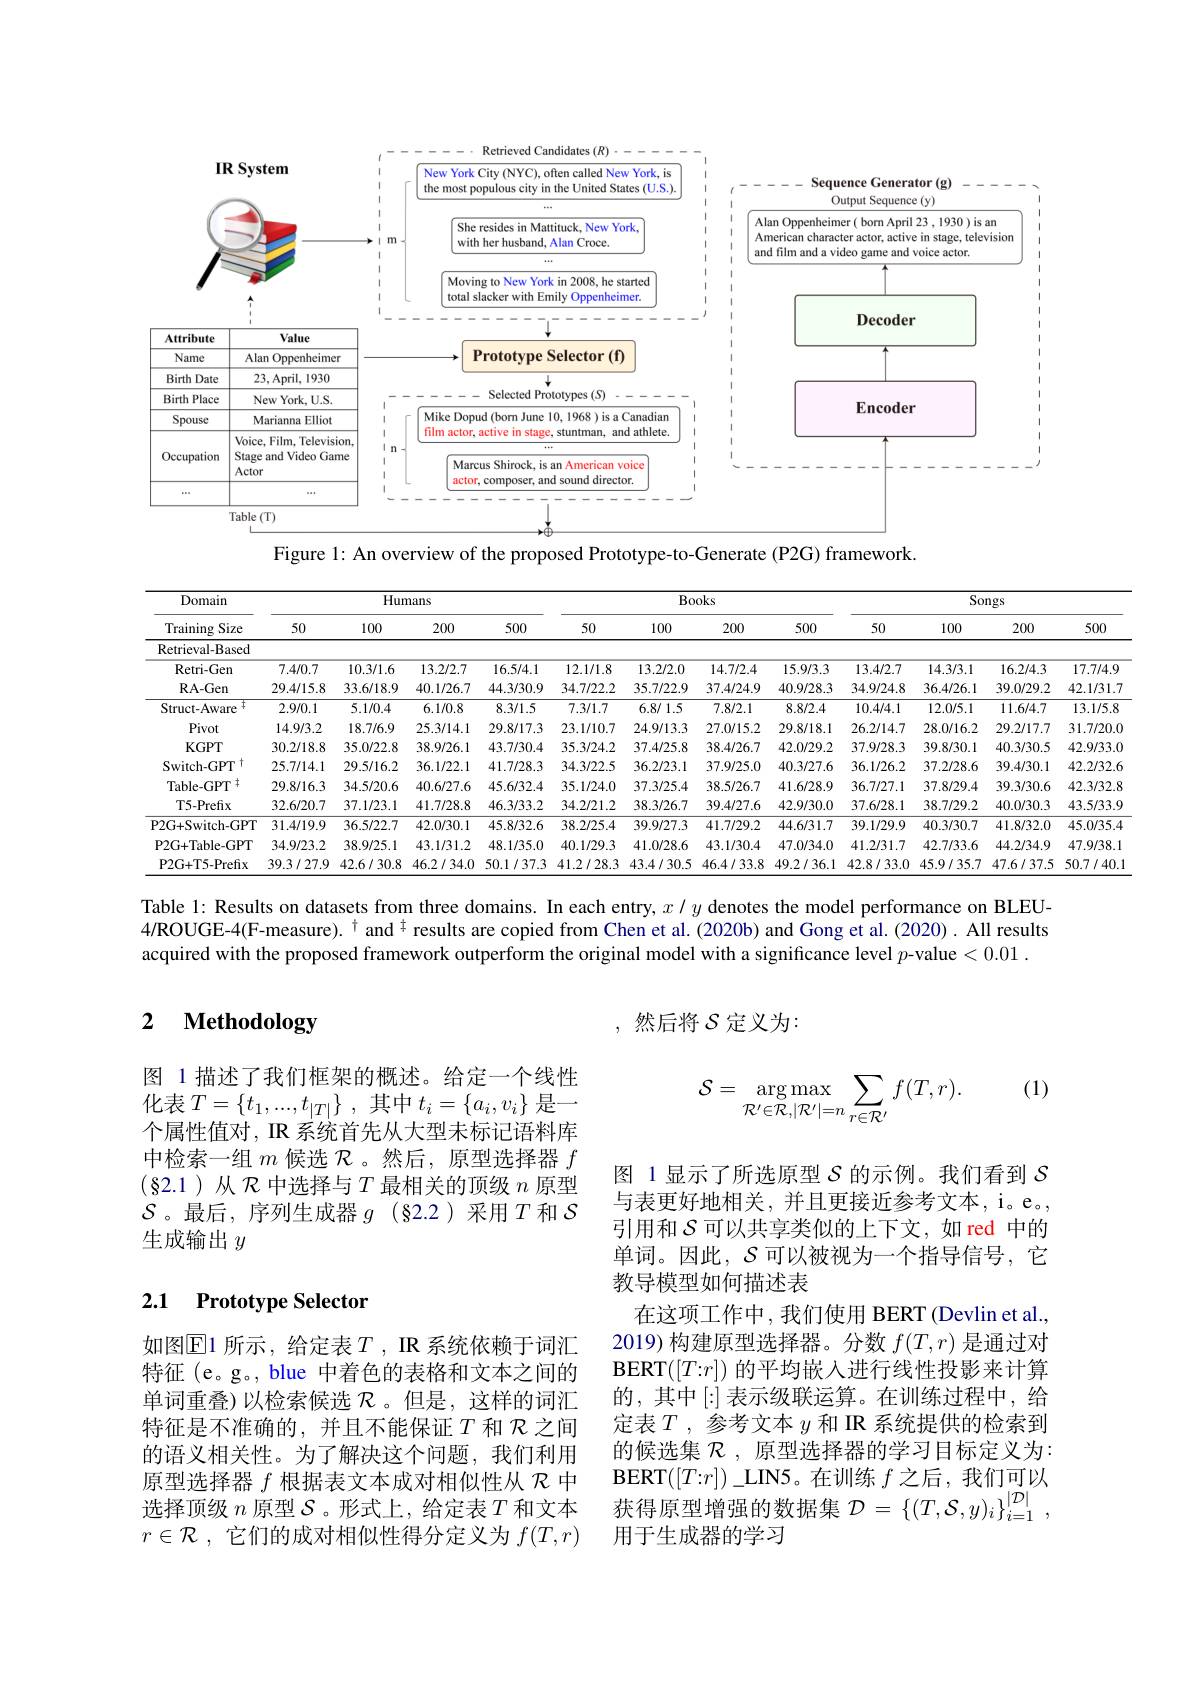
<FigureHere>

Figure 1: An overview of the proposed Prototype-to-Generate (P2G) framework.

<table>
	<tbody>
		<tr>
			<th rowspan="2">Domain Training Size</th>
			<th colspan="4">Humans</th>
			<th colspan="4">Books</th>
			<th colspan="4">Songs</th>
		</tr>
		<tr>
			<th>50</th>
			<th>100</th>
			<th>200</th>
			<th>500</th>
			<th>50</th>
			<th>100</th>
			<th>200</th>
			<th>500</th>
			<th>50</th>
			<th>100</th>
			<th>200</th>
			<th>$5C$</th>
		</tr>
		<tr>
			<td>Retrieval-Based</td>
			<td> </td>
			<td> </td>
			<td> </td>
			<td> </td>
			<td> </td>
			<td> </td>
			<td> </td>
			<td> </td>
			<td> </td>
			<td> </td>
			<td> </td>
			<td> </td>
		</tr>
		<tr>
			<td>Retri- Gen</td>
			<td>7.4/0.7</td>
			<td>10.3/1.6</td>
			<td>13.2/2.7</td>
			<td>16.5/4.1</td>
			<td>12.1/1.8</td>
			<td>13.2/2.0</td>
			<td>14.7/2.4</td>
			<td>15.9/3.3</td>
			<td>13.4/2.7</td>
			<td>14.3/3.1</td>
			<td>16.2/4.3</td>
			<td>17.7</td>
		</tr>
		<tr>
			<td>RA- Gen</td>
			<td>29.4/15.8</td>
			<td>33.6/18.9</td>
			<td>40.1/26.7</td>
			<td>44.3/30.9</td>
			<td>34.7/22.2</td>
			<td>35.7/22.9</td>
			<td>37.4/24.9</td>
			<td>40.9/28.3</td>
			<td>34.9/24.8</td>
			<td>36.4/26.1</td>
			<td>39.0/29.2</td>
			<td>42.1/</td>
		</tr>
		<tr>
			<td>、丰 Struct-Aware</td>
			<td>2.9/0.1</td>
			<td>5.1/0.4</td>
			<td>6.1/0.8</td>
			<td>8.3/1.5</td>
			<td>7.3/1.7</td>
			<td>6.8/1.5</td>
			<td>7.8/2.1</td>
			<td>8.8/2.4</td>
			<td>10.4/4.1</td>
			<td>12.0/5.1</td>
			<td>11.6/4.7</td>
			<td>13.1</td>
		</tr>
		<tr>
			<td>Pivot</td>
			<td>14.9/3.2</td>
			<td>18.7/6.9</td>
			<td>25.3/14.1</td>
			<td>29.8/17.3</td>
			<td>23.1/10.7</td>
			<td>24.9/13.3</td>
			<td>27.0/15.2</td>
			<td>29.8/18.1</td>
			<td>26.2/14.7</td>
			<td>28.0/16.2</td>
			<td>29.2/17.7</td>
			<td>31.7/</td>
		</tr>
		<tr>
			<td>$KGPT$</td>
			<td>30.2/18.8</td>
			<td>35.0/22.8</td>
			<td>38.9/26.1</td>
			<td>43.7/30.4</td>
			<td>35.3/24.2</td>
			<td>37.4/25.8</td>
			<td>38.4/26.7</td>
			<td>42.0/29.2</td>
			<td>37.9/28.3</td>
			<td>39.8/30.1</td>
			<td>40.3/30.5</td>
			<td>42.9/</td>
		</tr>
		<tr>
			<td>$\mathrm{Switch-GPT}^{\dagger}$</td>
			<td>25.7/14.1</td>
			<td>29.5/16.2</td>
			<td>36.1/22.1</td>
			<td>41.7/28.3</td>
			<td>34.3/22.5</td>
			<td>36.2/23.1</td>
			<td>37.9/25.0</td>
			<td>40.3/27.6</td>
			<td>36.1/26.2</td>
			<td>37.2/28.6</td>
			<td>39.4/30.1</td>
			<td>42.2/</td>
		</tr>
		<tr>
			<td>$\mathrm{Table-GPT}^{\dagger}$</td>
			<td>29.8/16.3</td>
			<td>34.5/20.6</td>
			<td>40.6/27.6</td>
			<td>45.6/32.4</td>
			<td>35.1/24.0</td>
			<td>37.3/25.4</td>
			<td>38.5/26.7</td>
			<td>41.6/28.9</td>
			<td>36.7/27.1</td>
			<td>37.8/29.4</td>
			<td>39.3/30.6</td>
			<td>42.3/</td>
		</tr>
		<tr>
			<td>T5-Prefix</td>
			<td>32.6/20.7</td>
			<td>37.1/23.1</td>
			<td>41.7/28.8</td>
			<td>46.3/33.2</td>
			<td>34.2/21.2</td>
			<td>38.3/26.7</td>
			<td>39.4/27.6</td>
			<td>42.9/30.0</td>
			<td>37.6/28.1</td>
			<td>38.7/29.2</td>
			<td>40.0/30.3</td>
			<td>43.5/</td>
		</tr>
		<tr>
			<td>P2G+Switch-GPT</td>
			<td>31.4/19.9</td>
			<td>36.5/22.7</td>
			<td>42.0/30.1</td>
			<td>45.8/32.6</td>
			<td>38.2/25.4</td>
			<td>39.9/27.3</td>
			<td>41.7/29.2</td>
			<td>44.6/31.7</td>
			<td>39.1/29.9</td>
			<td>40.3/30.7</td>
			<td>41.8/32.0</td>
			<td>45.0/</td>
		</tr>
		<tr>
			<td>$\mathsf{P2G+Table-GPT}$</td>
			<td>34.9/23.2</td>
			<td>38.9/25.1</td>
			<td>43.1/31.2</td>
			<td>48.1/35.0</td>
			<td>40.1/29.3</td>
			<td>41.0/28.6</td>
			<td>43.1/30.4</td>
			<td>47.0/34.0</td>
			<td>41.2/31.7</td>
			<td>42.7/33.6</td>
			<td>44.2/34.9</td>
			<td>47.9/</td>
		</tr>
		<tr>
			<td>P2G+ T5- Prefix</td>
			<td>39.3/27.9</td>
			<td>42.6/30.8</td>
			<td>46.2/34.0</td>
			<td>50.1/37.3</td>
			<td>41.2/28.3</td>
			<td>43.4/30.5</td>
			<td>46.4/33.8</td>
			<td>49.2/36.1</td>
			<td>42.8/33.0</td>
			<td>45.9/35.7</td>
			<td>47.6/37.5</td>
			<td>50.7</td>
		</tr>
	</tbody>
</table>

Table l: Results on datasets from three domains. In each entry, $x/y$ denotes the model performance on BLEU- 4/ROUGE-4(F-measure).$^{\dagger}$ and$^{\dagger}$ results are copied from Chen et al.(2020b) and Gong et al.(2020). All results acquired with the proposed framework outperform the original model with a significance level $p$-value <0.01.

### $\textbf{2}$ $\textbf{Methodology}$

,然后将$\mathcal{S}$定义为：

(1)
$$\mathcal{S}=\underset{\mathcal{R}'\in\mathcal{R},|\mathcal{R}'|=n}{\arg\max}\sum_{r\in\mathcal{R}'}f(T,r).$$
图 1 描述了我们框架的概述。给定一个线性化表$T= \{ t_1, . . . , t_{| T| }\}$ ,其中$t_i=\{a_i,v_i\}$ 是一个属性值对，IR 系统首先从大型未标记语料库中检索一组$m$候选$\mathcal{R}$。然后，原型选择器$f$ $(\S$2.1)从$\mathcal{R}$中选择与$T$最相关的顶级$n$原型$\mathcal{S}$。最后，序列生成器$g$ (§2.2)采用$T$和$\mathcal{S}$ 生成输出$y$

### 2.1 Prototype Selector

图 1显示了所选原型$\mathcal{S}$的示例。我们看到$\mathcal{S}$ 与表更好地相关，并且更接近参考文本，i。e。, 引用和$\mathcal{S}$可以共享类似的上下文，如 red 中的单词。因此，$\mathcal{S}$可以被视为一个指导信号，它教导模型如何描述表
在这项工作中，我们使用 BERT (Devlin et al., 2019) 构建原型选择器。分数$f(T,r)$是通过对BERT$([T{:}r])$的平均嵌入进行线性投影来计算的，其中[:]表示级联运算。在训练过程中，给定表$T$,参考文本$y$和 IR 系统提供的检索到的候选集$\mathcal{R}$,原型选择器的学习目标定义为： $\operatorname{BERT}([T:r])\_$LIN5。在训练$f$之后，我们可以获 得 原 型 增 强 的 数 据 集 $\mathcal{D} = \left \{ ( T, \mathcal{S} , y) _i\right \} _{i= 1}^{| \mathcal{D} | }$ .

如图$\operatorname{E}$1 所示，给定表$T$,IR系统依赖于词汇特征 (e。g。, blue 中着色的表格和文本之间的单词重叠)以检索候选$\mathcal{R}$。但是，这样的词汇特征是不准确的，并且不能保证$T$ 和 $\mathcal{R}$之间的语义相关性。为了解决这个问题，我们利用原型选择器$f$根据表文本成对相似性从$\mathcal{R}$中选择顶级$n$原型$\mathcal{S}$ 。形式上，给定表$T$和文本$r\in \mathcal{R}$ , 它们的成对相似性得分定义为 $f(T,r)$